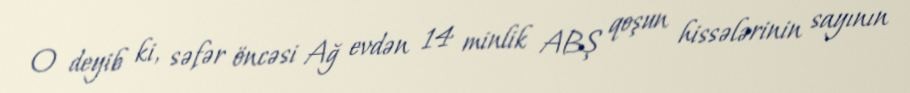
O deyib ki, səfər öncəsi Ağ evdən 14 minlik ABŞ qoşun hissələrinin sayının